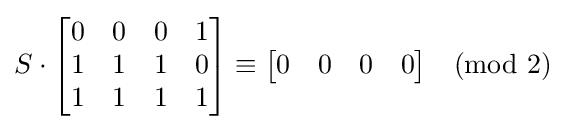
S\cdot {\begin{bmatrix}0&0&0&1\\1&1&1&0\\1&1&1&1\end{bmatrix}}\equiv {\begin{bmatrix}0&0&0&0\end{bmatrix}}{\pmod {2}}